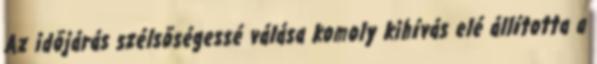
Az idõjárás szélsõségessé válása komoly kihívás elé állította a